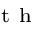
^ { \mathrm { ~ t ~ h ~ } }